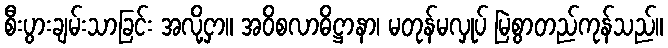
စီးပွားချမ်းသာခြင်း အလို့ငှာ။ အဝိစလာဓိဋ္ဌာနာ၊ မတုန်မလှုပ် မြဲစွာတည်ကုန်သည်။